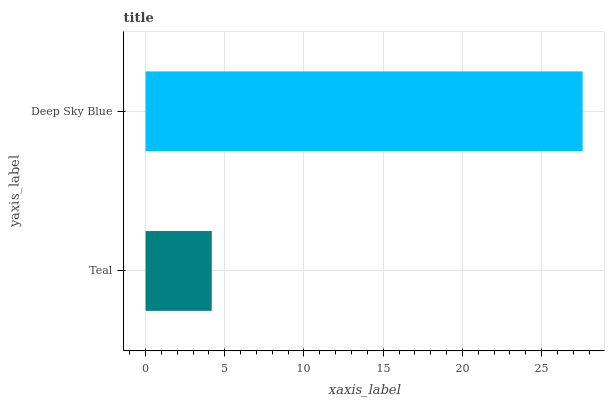
| yaxis_label | bars |
 | --- | --- |
 | Teal | 4.18 |
 | Deep Sky Blue | 27.6 |